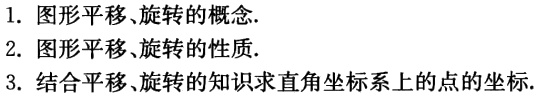
1. 图形平移、旋转的概念.

2. 图形平移、旋转的性质.

3. 结合平移、旋转的知识求直角坐标系上的点的坐标.